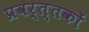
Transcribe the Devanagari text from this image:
प्रवर्त्तकों